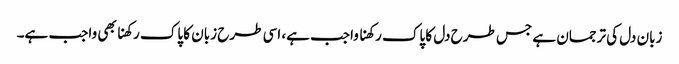
زبان دل کی ترجمان ہے جس طرح دل کا پاک رکھنا واجب ہے، اسی طرح زبان کا پاک رکھنا بھی واجب ہے۔